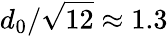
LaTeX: d_{0}/\sqrt{12}\approx 1.3